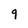
Character: 9